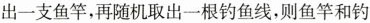
出一支鱼竿，再随机取出一根钓鱼线，则鱼竿和钓